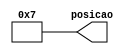
module testbench(posicao);
    output reg[0:8] posicao;
initial begin

//Jogo deu velha
posicao=0;
#10;
posicao=1;
#20;
posicao=2;
#20;
posicao=3;
#20;
posicao=5;
#20;
posicao=4;
#20;
posicao=6;
#20;
posicao=8;
#20;
posicao=7;

/*Test ganhando por coluna
posicao=0;
#10;
posicao=2;
#20;
posicao=3;
#20;
posicao=4;
#20;
posicao=6;
#20;
posicao=7;
#20;

/*Test ganhando na linha
posicao=0;
#10;
posicao=3;
#20;
posicao=1;
#20;
posicao=4;
#20;
posicao=2;
#20;
posicao=7;
#20;
/*Test ganhando na diagonal principal
posicao=0;
#20;
posicao=1;
#20;
posicao=4;
#20;
posicao=2;
#20;
posicao=8;
#20;
posicao=7;
*/


end
endmodule